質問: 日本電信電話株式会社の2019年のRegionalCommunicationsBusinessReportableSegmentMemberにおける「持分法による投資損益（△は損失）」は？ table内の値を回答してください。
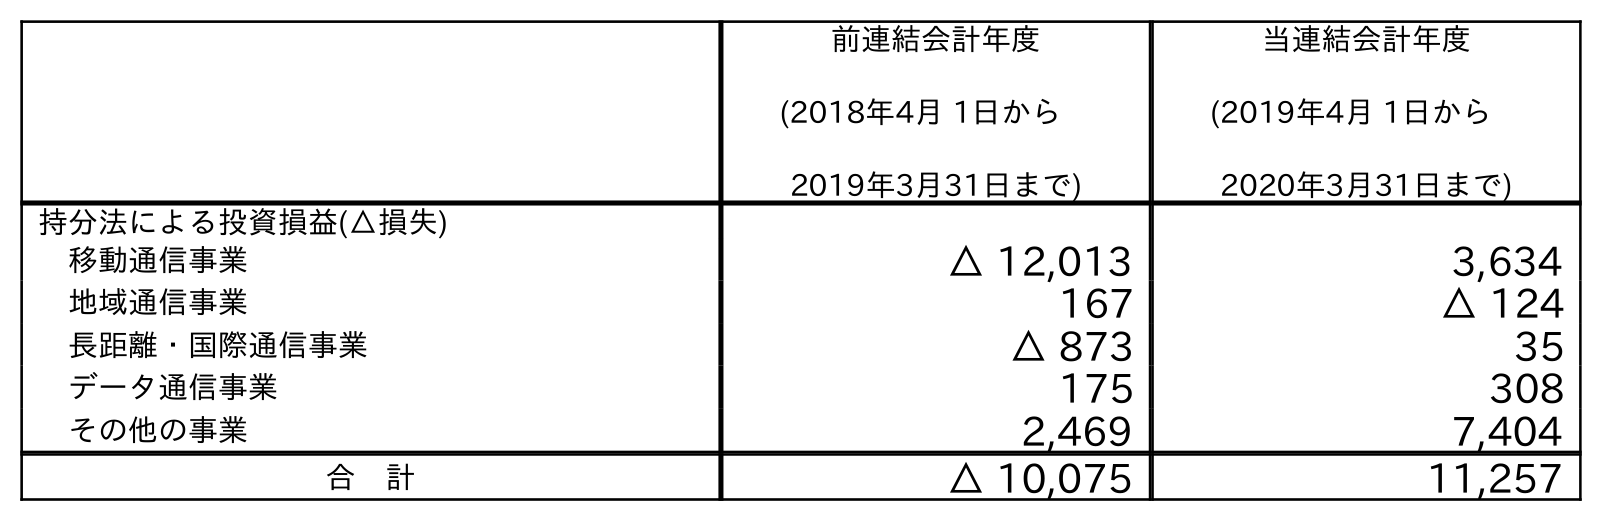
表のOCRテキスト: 前連結会計年度 (2018年4月 1日から 2019年3月31日まで) 当連結会計年度 (2019年4月 1日から 2020年3月31日まで) 持分法による投資損益(△損失) 移動通信事業 △ 12,013 3,634 地域通信事業 167 △ 124 長距離・国際通信事業 △ 873 35 データ通信事業 175 308 その他の事業 2,469 7,404 合 計 △ 10,075 11,257
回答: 167